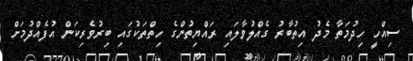
ސިއްހީ ހިދުމަތާ މެދު އިތުބާރު ގެއްލުވާލައި ރައްޔިތުންގެ ހިތްތަކުގައި ބިރުވެރިކަން އުފެއްދުމަށް